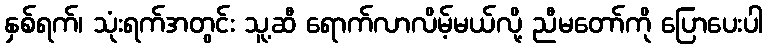
နှစ်ရက်၊ သုံးရက်အတွင်း သူ့ဆီ ရောက်လာလိမ့်မယ်လို့ ညီမတော်ကို ပြောပေးပါ